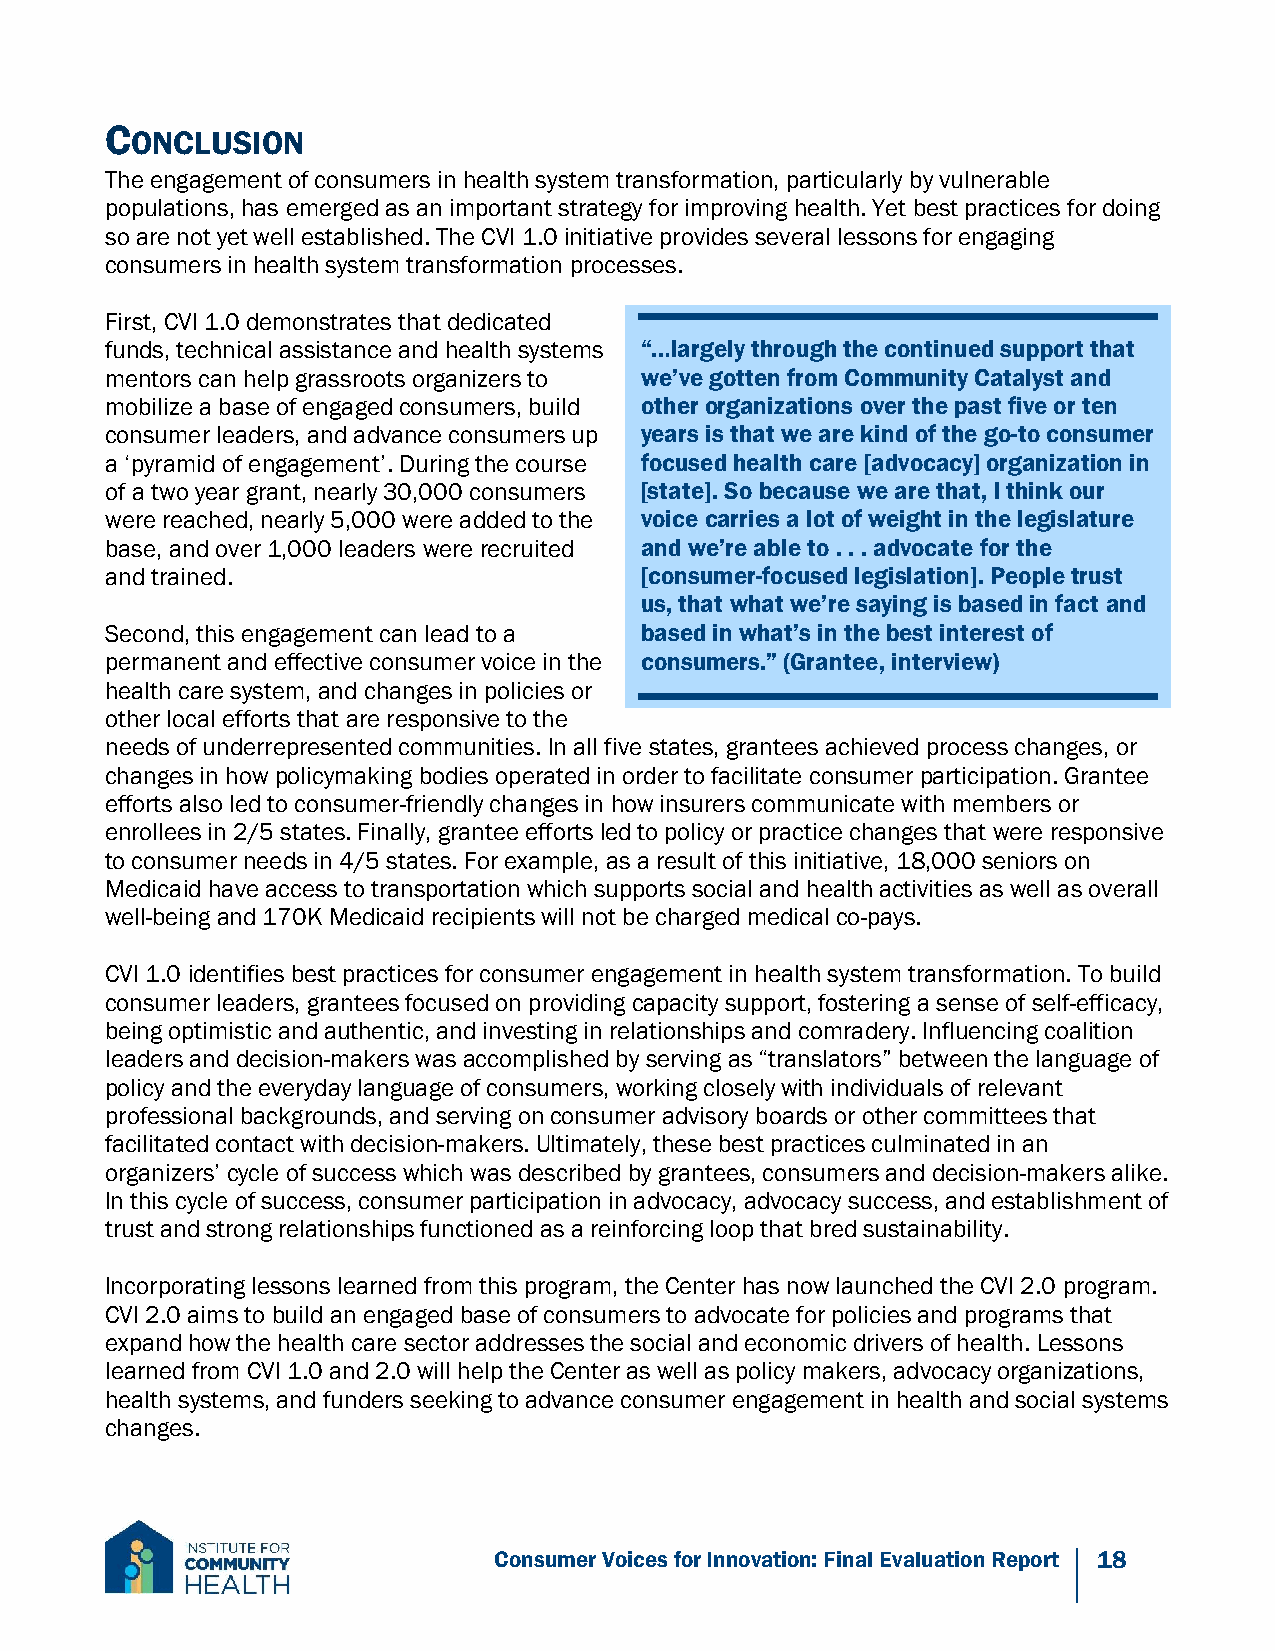
C
 ONCLUSION
 The engagement of consumers in health system transformation, particularly by vulnerable
 populations, has emerged as an important strategy for improving health. Yet best practices for doing
 so are not yet well established. The CVI 1.0 initiative provides several lessons for engaging
 consumers in health system transformation processes.
 First, CVI 1.0 demonstrates that dedicated
 funds, technical assistance and health systems “…largely through the continued support that
 mentors can help grassroots organizers to we’ve gotten from Community Catalyst and
 mobilize a base of engaged consumers, build other organizations over the past five or ten
 consumer leaders, and advance consumers up years is that we are kind of the go-to consumer
 a ‘pyramid of engagement’. During the course focused health care [advocacy] organization in
 of a two year grant, nearly 30,000 consumers [state]. So because we are that, I think our
 were reached, nearly 5,000 were added to the voice carries a lot of weight in the legislature
 base, and over 1,000 leaders were recruited and we’re able to . . . advocate for the
 and trained.                       [consumer-focused legislation]. People trust
 us, that what we’re saying is based in fact and
 Second, this engagement can lead to a based in what’s in the best interest of
 permanent and effective consumer voice in the consumers.” (Grantee, interview)
 health care system, and changes in policies or
 other local efforts that are responsive to the
 needs of underrepresented communities. In all five states, grantees achieved process changes, or
 changes in how policymaking bodies operated in order to facilitate consumer participation. Grantee
 efforts also led to consumer-friendly changes in how insurers communicate with members or
 enrollees in 2/5 states. Finally, grantee efforts led to policy or practice changes that were responsive
 to consumer needs in 4/5 states. For example, as a result of this initiative, 18,000 seniors on
 Medicaid have access to transportation which supports social and health activities as well as overall
 well-being and 170K Medicaid recipients will not be charged medical co-pays.
 CVI 1.0 identifies best practices for consumer engagement in health system transformation. To build
 consumer leaders, grantees focused on providing capacity support, fostering a sense of self-efficacy,
 being optimistic and authentic, and investing in relationships and comradery. Influencing coalition
 leaders and decision-makers was accomplished by serving as “translators” between the language of
 policy and the everyday language of consumers, working closely with individuals of relevant
 professional backgrounds, and serving on consumer advisory boards or other committees that
 facilitated contact with decision-makers. Ultimately, these best practices culminated in an
 organizers’ cycle of success which was described by grantees, consumers and decision-makers alike.
 In this cycle of success, consumer participation in advocacy, advocacy success, and establishment of
 trust and strong relationships functioned as a reinforcing loop that bred sustainability.
 Incorporating lessons learned from this program, the Center has now launched the CVI 2.0 program.
 CVI 2.0 aims to build an engaged base of consumers to advocate for policies and programs that
 expand how the health care sector addresses the social and economic drivers of health. Lessons
 learned from CVI 1.0 and 2.0 will help the Center as well as policy makers, advocacy organizations,
 health systems, and funders seeking to advance consumer engagement in health and social systems
 changes.
 Consumer Voices for Innovation: Final Evaluation Report 18